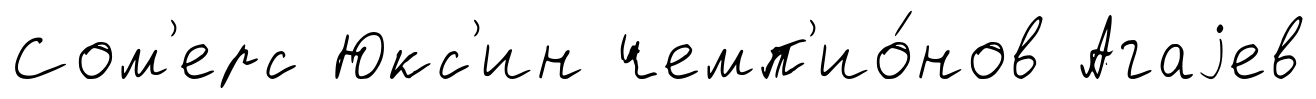
Сом'ерс Юкс'ин чемп'ио́нов Агаjев